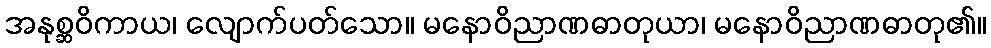
အနုစ္ဆဝိကာယ၊ လျောက်ပတ်သော။ မနောဝိညာဏဓာတုယာ၊ မနောဝိညာဏဓာတု၏။